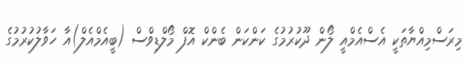
މިރަސްމިއްޔާތަކީ އެސްއެމްއީ ލޯން ދޫކުރުމުގެ ކަންކަން ބެންކް އޮފް މޯލްޑިވްސް (ބީއެމްއެލް)އާ ހަވާލުކުރުމުގެ